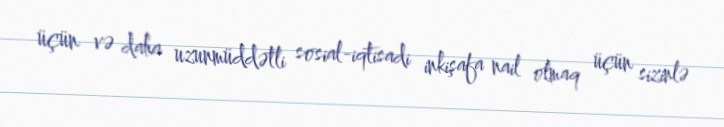
üçün və daha uzunmüddətli sosial-iqtisadi inkişafa nail olmaq üçün sizinlə